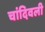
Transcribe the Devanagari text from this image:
चांदिवली